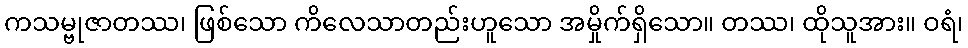
ကသမ္ဗုဇာတဿ၊ ဖြစ်သော ကိလေသာတည်းဟူသော အမှိုက်ရှိသော။ တဿ၊ ထိုသူအား။ ဝရံ၊